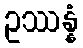
ဥဿန္နံ